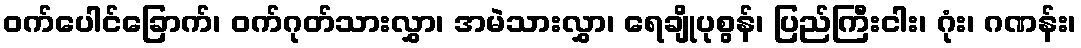
ဝက်ပေါင်ခြောက်၊ ဝက်ဂုတ်သားလွှာ၊ အမဲသားလွှာ၊ ရေချိုပုစွန်၊ ပြည်ကြီးငါး၊ ဂုံး၊ ဂဏန်း၊